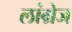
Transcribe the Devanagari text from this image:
लांग्रेज